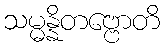
သမ္မန္နိတဗ္ဗောတိ